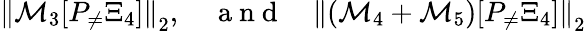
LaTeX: \begin{array}{r}{\left\| \mathcal{M}_{3}[P_{\neq}\Xi_{4}]\right\| _{2},\quad\mathrm{~a~n~d~}\quad\left\| (\mathcal{M}_{4}+\mathcal{M}_{5})[P_{\neq}\Xi_{4}]\right\| _{2}}\end{array}